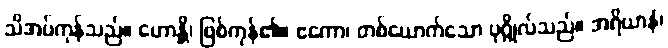
သိအပ်ကုန်သည်။ ဟောန္တိ၊ ဖြစ်ကုန်၏။ ဧကော၊ တစ်ယောက်သော ပုဂ္ဂိုလ်သည်။ အရိယာနံ၊